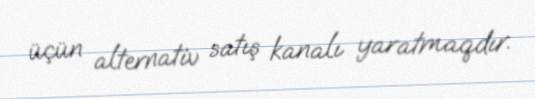
üçün alternativ satış kanalı yaratmaqdır.